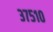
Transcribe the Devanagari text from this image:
३७५१०